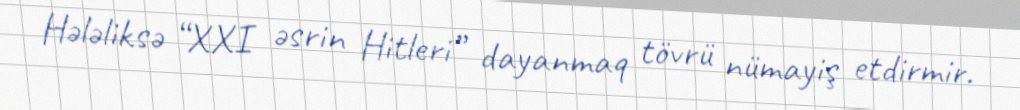
Hələliksə “XXI əsrin Hitleri” dayanmaq tövrü nümayiş etdirmir.